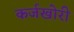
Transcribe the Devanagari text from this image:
कर्जखोरी